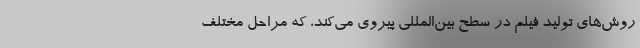
روش‌های تولید فیلم در سطح بين‌‌المللي پیروی می‌کند، که مراحل مختلف